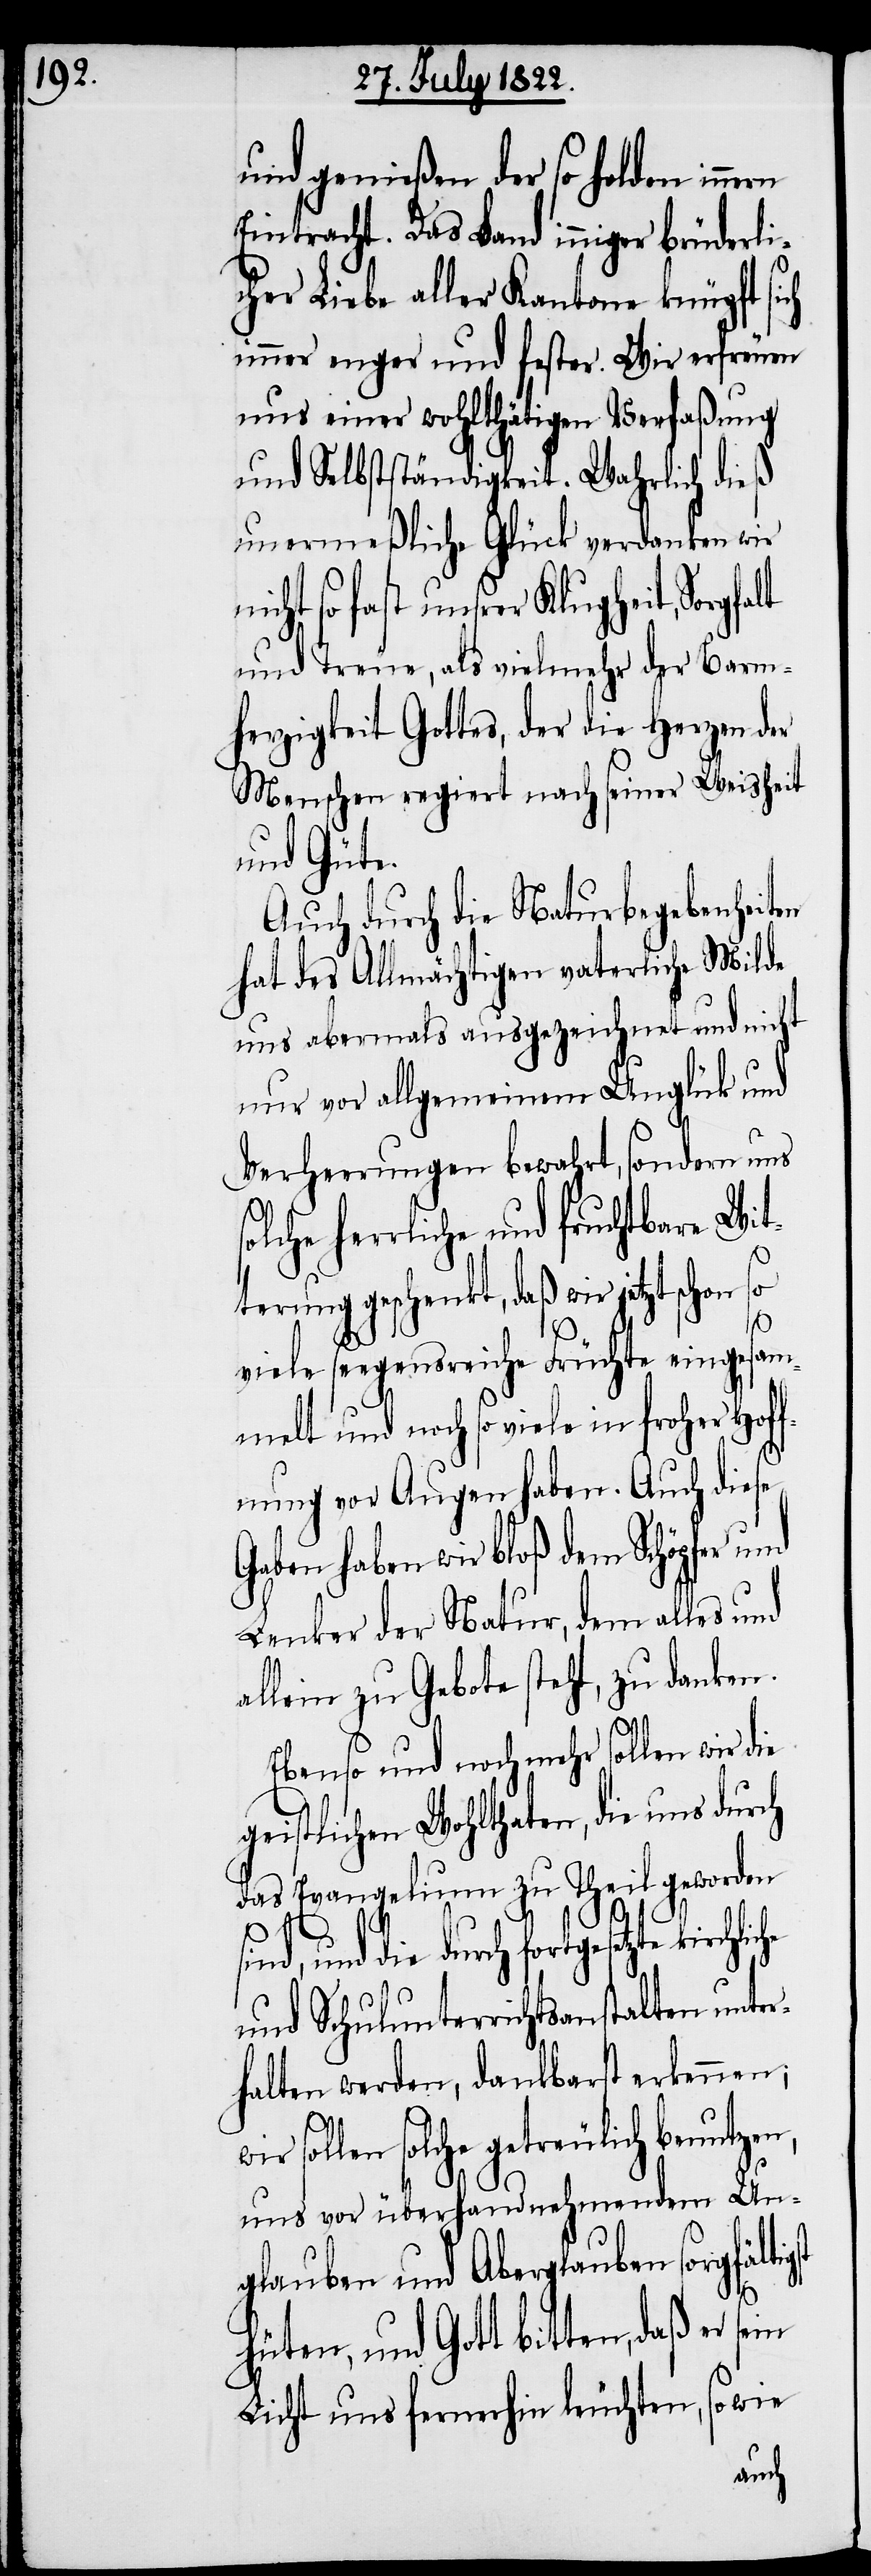
und genießen der so holden inn¬
Eintracht. Das Band inniger brüderli¬
cher Liebe aller Kantone knüpft sich
immer enger und fester. Wir erfreuen
uns einer wohlthätigen Verfaßung
und Selbstständigkeit. Wahrlich dieß
unermeßliche Glück verdanken wir
icht so fast unsrer Klugheit, Sorgfa¬
und Treue, als vielmehr der Barm¬
herzigkeit Gottes, der die Herzen der
Menschen regiert nach seiner Weisheit
und Gott
Auch durch die Naturbegebenheiten
hat des Allmächtigen vaterliche Milde
uns abermahls ausgezeichnet und nicht
nur vor allgemeinem Unglück und
Verheerungen bewahrt, sondern uns
herrliche und fruchtbare Wit¬
terung geschenkt, daß wir jetzt schon
st
viele seegensreiche Früchte eingesam¬
melt und noch so viele in froher Hof¬
fnung vor Augen haben. Auch diese
Gaben haben wir bloß dem Schöpfer und
Lenker der Natur, dem alles und
allein zu Gebote steht, zu danken.
Ebenso und noch mehr sollen wir die
geistlichen Wohlthaten, die uns durch
das Evangelikum zu Theil geworden
s¬
ind, und die durch fortgesetzte
und Schulunterrichtsanstalten unter¬
halten werden, dankbarst erkennen;
sollen solche getreulich benutze¬
uns vor überhandnehmendem Un¬
glauben und Aberglauben sorgfältig¬
n,
Licht uns fernerhin leuchten, so wie
sein